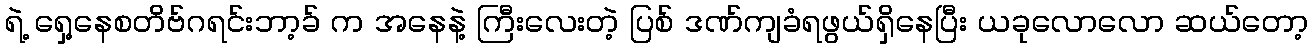
ရဲ့ ရှေ့နေစတိဗ်ဂရင်းဘာ့ခ် က အနေနဲ့ ကြီးလေးတဲ့ ပြစ် ဒဏ်ကျခံရဖွယ်ရှိနေပြီး ယခုလောလော ဆယ်တော့